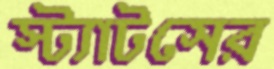
স্ট্যাটসের